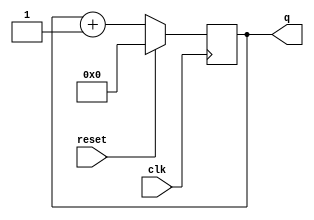
module top_module (
    input clk,
    input reset,      // Synchronous active-high reset
    output [3:0] q);
    always @(posedge clk) begin
        q=q+1;
        if(reset) q=0;
    end
endmodule